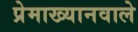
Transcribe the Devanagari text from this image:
प्रेमाख्यानवाले